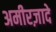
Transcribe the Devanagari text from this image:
अमीरज़ादे